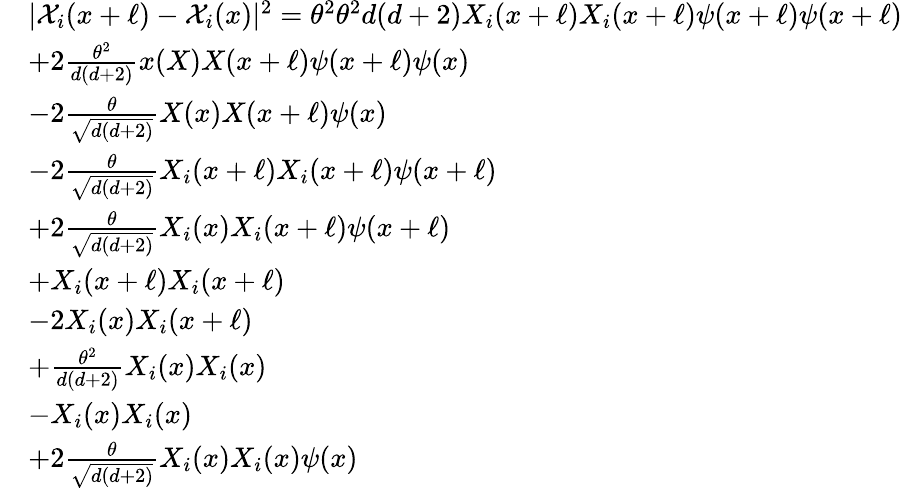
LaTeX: \begin{array}{rl}&{|\mathcal{X}_{i}(x+\ell)-\mathcal{X}_{i}(x)|^{2}=\theta^{2}{\theta^{2}}{{d(d+2)}}X_{i}(x+\ell)X_{i}(x+\ell)\psi(x+\ell)\psi(x+\ell)}\\ &{+2\frac{\theta^{2}}{{d(d+2)}}x(X)X(x+\ell)\psi(x+\ell)\psi(x)}\\ &{-2\frac{\theta}{\sqrt{d(d+2)}}X(x)X(x+\ell)\psi(x)}\\ &{-2\frac{\theta}{\sqrt{d(d+2)}}X_{i}(x+\ell)X_{i}(x+\ell)\psi(x+\ell)}\\ &{+2\frac{\theta}{\sqrt{d(d+2)}}X_{i}(x)X_{i}(x+\ell)\psi(x+\ell)}\\ &{+X_{i}(x+\ell)X_{i}(x+\ell)}\\ &{-2X_{i}(x)X_{i}(x+\ell)}\\ &{+\frac{\theta^{2}}{{d(d+2)}}X_{i}(x)X_{i}(x)}\\ &{-X_{i}(x)X_{i}(x)}\\ &{+2\frac{\theta}{\sqrt{d(d+2)}}X_{i}(x)X_{i}(x)\psi(x)}\end{array}